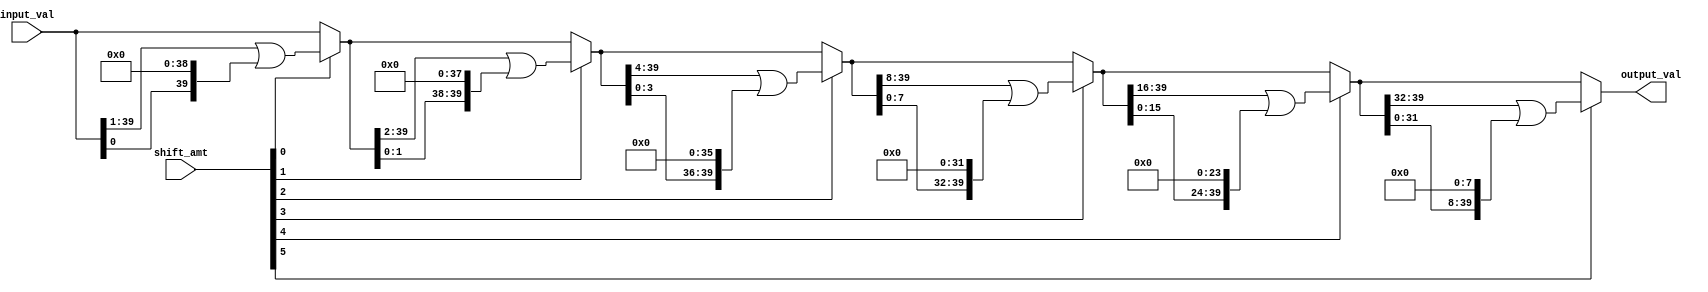
// This program was cloned from: https://github.com/VerticalResearchGroup/miaow
// License: BSD 3-Clause "New" or "Revised" License

module circular_barrel_shift (
	output_val,
	input_val,
	shift_amt
);

output[39:0] output_val;

input[39:0] input_val;
input[5:0] shift_amt;

wire[39:0] shift_1, shift_2, shift_4, shift_8, shift_16; 

assign shift_1  = shift_amt[0] ? (input_val >> 1 | input_val << 39) : input_val;
assign shift_2  = shift_amt[1] ? (shift_1 >> 2 | shift_1 << 38) : shift_1;
assign shift_4  = shift_amt[2] ? (shift_2 >> 4 | shift_2 << 36) : shift_2;
assign shift_8  = shift_amt[3] ? (shift_4 >> 8 | shift_4 << 32) : shift_4;
assign shift_16 = shift_amt[4] ? (shift_8 >> 16 | shift_8 << 24) : shift_8;
assign output_val = shift_amt[5] ? (shift_16 >> 32 | shift_16 << 8) : shift_16;

endmodule